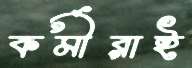
কর্মীরাই